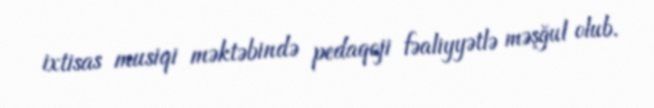
ixtisas musiqi məktəbində pedaqoji fəaliyyətlə məşğul olub.